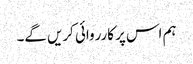
ہم اس پر کارروائی کریں گے۔